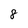
Character: 8